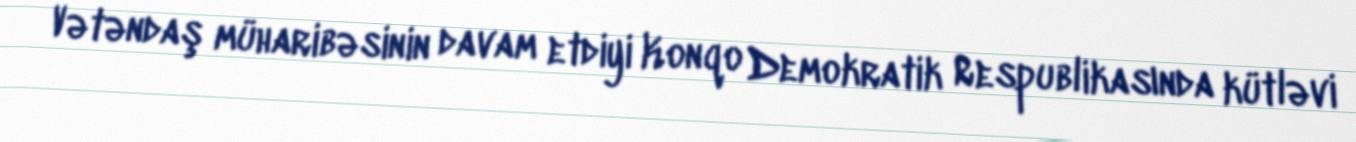
Vətəndaş müharibəsinin davam etdiyi Konqo Demokratik Respublikasında kütləvi